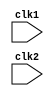
module pipe_MIPS32 (clk1, clk2);
    input clk1, clk2;                                                                                   // Two Phase Clock

    reg [31:0] PC, IF_ID_IR, IF_ID_NPC;
    reg [31:0] ID_EX_IR, ID_EX_NPC, ID_EX_A, ID_EX_B, ID_EX_Imm;
    reg [2:0] ID_EX_type, EX_MEM_type, MEM_WB_type;
    reg [31:0] EX_MEM_IR, EX_MEM_ALUout, EX_MEM_B;
    reg EX_MEM_cond;
    reg [31:0] MEM_WB_IR, MEM_WB_ALUout, MEM_WB_LMD;
    
    reg [31:0] Reg [0:31];                                                                              // 32 x 32 Register Bank
    reg [31:0] Mem [0:1023];                                                                            // 1024 x 32 Memory

    parameter ADD=6'b000000, SUB=6'b000001, AND=6'b000010,                                              // \
    OR=6'b000011, SLT=6'b000100, MUL=6'b000101,                                                         // |
    HLT=6'b111111, LW=6'b001000, SW=6'b001001,                                                          // | Op-Codes 
    ADDI=6'b001010, SUBI=6'b001011, SLTI=6'b001100,                                                     // |
    BNEQZ=6'b001101, BEQZ=6'b001110;                                                                    // /

    parameter RR_ALU=3'b000, RM_ALU=3'b001,                                                             // \
    LOAD=3'b010, STORE=3'b011,                                                                          // | Types
    BRANCH=3'b100, HALT=3'b101;                                                                         // /

    reg HALTED;                                                                                         // Set HLT after instruction is completed in write-back (WB) stage
    reg TAKEN_BRANCH;                                                                                   // To disable instructions after a branch

    always @(posedge clk1)                                                                              // Instruction Fetch (IF) Stage
        if (HALTED == 0)
        begin
            if (((EX_MEM_IR[31:26]== BEQZ) && (EX_MEM_cond == 1))||                                     // Checking for Branching
            ((EX_MEM_IR[31:26] == BNEQZ) && (EX_MEM_cond == 0)))
                begin
                    IF_ID_IR        <= #2 Mem[EX_MEM_ALUout];                                           // \
                    TAKEN_BRANCH    <= #2 1'b1;                                                         // | Branch is Taken
                    IF_ID_NPC       <= #2 EX_MEM_ALUout + 1;                                            // | Program Counter updated with the branch instruction 
                    PC              <= #2 EX_MEM_ALUout + 1;                                            // /
                end
            else
                begin
                    IF_ID_IR        <= #2 Mem[PC];                                                      // \
                    IF_ID_NPC       <= #2 PC +1;                                                        // | Branch not Taken, normal updation of Program Counter
                    PC              <= #2 PC +1;                                                        // /
                end
        end

    always @(posedge clk2)                                                                              // Instruction Decode (ID) Stage
        if (HALTED == 0)
        begin
            if (IF_ID_IR[25:21] == 5'b00000)
                ID_EX_A             <= 0;
            else
                ID_EX_A             <= #2 Reg[IF_ID_IR[25:21]];                                         // "rs"

            if (IF_ID_IR[20:16] == 5'b00000)
                ID_EX_B             <= 0;
            else
                ID_EX_B             <= #2 Reg[IF_ID_IR[20:16]];                                         // "rt"

            ID_EX_NPC               <= #2 IF_ID_NPC;                                                    // Transferring to next stage
            ID_EX_IR                <= #2 IF_ID_IR;                                                     // Transferring to next stage
            ID_EX_Imm               <= #2 {{16{IF_ID_IR[15]}}, {IF_ID_IR[15:0]}};                       // Sign Extension to 32 bits

            case (IF_ID_IR[31:26])
                ADD, SUB, AND, OR, SLT, MUL: ID_EX_type <= #2 RR_ALU;                                   // \
                ADDI, SUBI, SLTI:            ID_EX_type <= #2 RM_ALU;                                   // |
                LW:                          ID_EX_type <= #2 LOAD;                                     // |
                SW:                          ID_EX_type <= #2 STORE;                                    // | Checking the Op-Code type for invalids
                BNEQZ, BEQZ:                 ID_EX_type <= #2 BRANCH;                                   // |
                HLT:                         ID_EX_type <= #2 HALT;                                     // |
                default:                     ID_EX_type <= #2 HALT;                                     // /
            endcase 
        end

    always @(posedge clk1)                                                                              // Execution (EX) Stage
        if (HALTED == 0)
        begin
            EX_MEM_type             <= #2 ID_EX_type;
            EX_MEM_IR               <= #2 ID_EX_IR;
            TAKEN_BRANCH            <= #2 0;

            case (ID_EX_type)
                RR_ALU:         begin
                                    case (ID_EX_IR[31:26])                                               // Op-Code
                                        ADD:        EX_MEM_ALUout <= #2 ID_EX_A + ID_EX_B; 
                                        SUB:        EX_MEM_ALUout <= #2 ID_EX_A - ID_EX_B;
                                        AND:        EX_MEM_ALUout <= #2 ID_EX_A & ID_EX_B;
                                        OR:         EX_MEM_ALUout <= #2 ID_EX_A | ID_EX_B;
                                        SLT:        EX_MEM_ALUout <= #2 ID_EX_A < ID_EX_B;
                                        MUL:        EX_MEM_ALUout <= #2 ID_EX_A * ID_EX_B;
                                        default:    EX_MEM_ALUout <= #2 32'hxxxxxxxx;
                                    endcase
                                end

                RM_ALU:         begin
                                    case (ID_EX_IR[31:26])                                               // Op-Code
                                        ADDI:       EX_MEM_ALUout <= #2 ID_EX_A + ID_EX_Imm;
                                        SUBI:       EX_MEM_ALUout <= #2 ID_EX_A - ID_EX_Imm;
                                        SLTI:       EX_MEM_ALUout <= #2 ID_EX_A < ID_EX_Imm;
                                        default:    EX_MEM_ALUout <= #2 32'hxxxxxxxx;
                                    endcase                    
                                end

                LOAD, STORE:    begin
                                    EX_MEM_ALUout <= #2 ID_EX_A + ID_EX_Imm;
                                    EX_MEM_B      <= #2 ID_EX_B;
                                end

                BRANCH:
                                begin
                                    EX_MEM_ALUout <= #2 ID_EX_NPC + ID_EX_Imm;
                                    EX_MEM_cond   <= #2 (ID_EX_A == 0);
                                end 
            endcase
        end

    always @(posedge clk2)                                                                              // Memory (MEM) Stage
        if (HALTED == 0)
        begin
            MEM_WB_type             <= #2 EX_MEM_type;
            MEM_WB_IR               <= #2 EX_MEM_IR;

            case (EX_MEM_type)
                RR_ALU, RM_ALU:
                    MEM_WB_ALUout   <= #2 EX_MEM_ALUout;

                LOAD:
                    MEM_WB_LMD      <= #2 Mem[EX_MEM_ALUout];
                 
                STORE:                                                                                 // Disables Write
                    if (TAKEN_BRANCH == 0)                                                                     
                        Mem[EX_MEM_ALUout]  <= #2 EX_MEM_B;
            endcase
        end

    always @(posedge clk1)                                                                             // Write Back (WB) Stage
        begin
            if (TAKEN_BRANCH == 0)                                                                     // Disables Write if branch is taken
                case (MEM_WB_type)
                    RR_ALU:     Reg[MEM_WB_IR[15:11]]   <= #2 MEM_WB_ALUout;                           // "rd"

                    RM_ALU:     Reg[MEM_WB_IR[20:16]]   <= #2 MEM_WB_ALUout;                           // "rt"

                    LOAD:       Reg[MEM_WB_IR[20:16]]   <= #2 MEM_WB_LMD;                              // "rt"

                    HALT:       HALTED                  <= #2 1'b1;     
                endcase
        end                      
endmodule